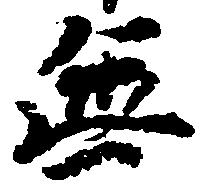
無